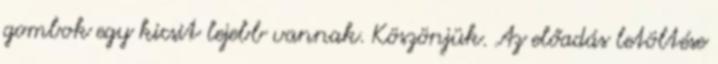
gombok egy kicsit lejebb vannak. Köszönjük. Az előadás letöltése